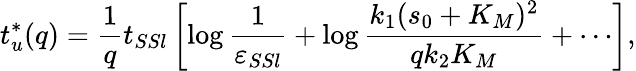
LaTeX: t_{u}^{*}(q)=\frac 1qt_{SSl}\left[\log\frac{1}{\varepsilon_{SSl}}+\log\frac{k_{1}(s_{0}+K_{M})^{2}}{qk_{2}K_{M}}+\cdots\right],